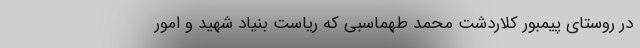
در روستای پیمبور کلاردشت محمد طهماسبی که ریاست بنیاد شهید و امور